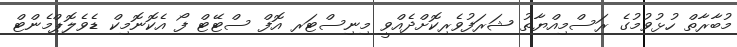
މުބާރާތް ހުޅުވުމުގެ ރަސްމިއްޔާތު ޝަރަފުވެރިކޮށްދެއްވީ މިނިސްޓަރ އޮފް ސްޓޭޓް ފޯ އެކޮނޮމިކް ޑެވެލޮޕްމެންޓް